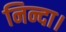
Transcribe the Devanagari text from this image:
निन्दा।